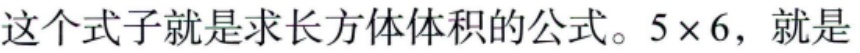
这个式子就是求长方体体积的公式。\(5\times 6\)，就是